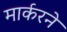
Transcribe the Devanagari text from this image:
मार्करने